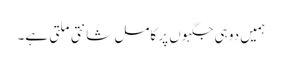
ہمیں دو ہی جگہوں پر کامل شانتی ملتی ہے۔